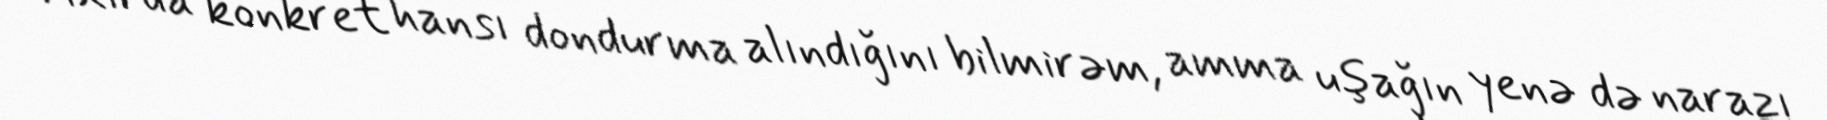
Axırda konkret hansı dondurma alındığını bilmirəm, amma uşağın yenə də narazı